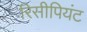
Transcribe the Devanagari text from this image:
रिसीपियंट